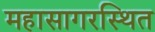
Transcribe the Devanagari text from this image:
महासागरस्थित